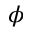
\phi